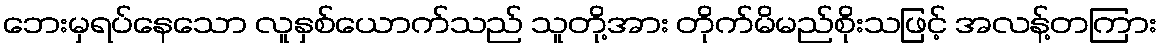
ဘေးမှရပ်နေသော လူနှစ်ယောက်သည် သူတို့အား တိုက်မိမည်စိုးသဖြင့် အလန့်တကြား